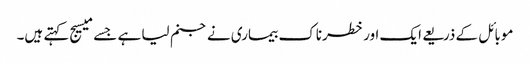
موبائل کے ذریعے ایک اور خطرناک بیماری نے جنم لیا ہے جسے میسیج کہتے ہیں۔